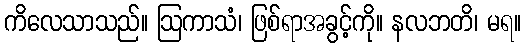
ကိလေသာသည်။ ဩကာသံ၊ ဖြစ်ရာအခွင့်ကို။ နလဘတိ၊ မရ။